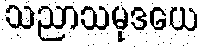
သညာသမုဒယေ